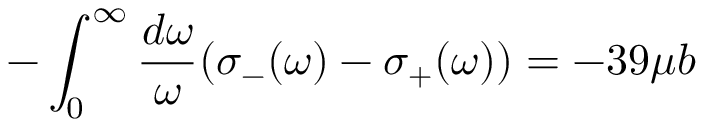
- \int _ { 0 } ^ { \infty } { \frac { d \omega } { \omega } } ( \sigma _ { - } ( \omega ) - \sigma _ { + } ( \omega ) ) = - 3 9 \mu b